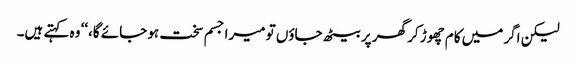
لیکن اگر میں کام چھوڑ کر گھر پر بیٹھ جاؤں تو میرا جسم سخت ہو جائے گا،‘‘ وہ کہتے ہیں۔